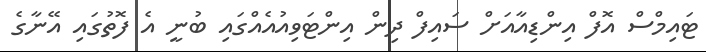
ޓައިމްސް އޮފް އިންޑިއާއަށް ސައިފް ދިން އިންޓަވިއުއެއްގައި ބުނީ އެ ފޮތުގައި އޭނާގެ